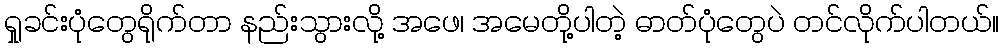
ရှုခင်းပုံတွေရိုက်တာ နည်းသွားလို့ အဖေ၊ အမေတို့ပါတဲ့ ဓာတ်ပုံတွေပဲ တင်လိုက်ပါတယ်။